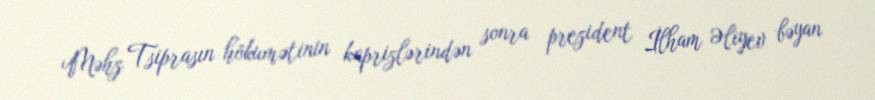
Məhz Tsiprasın hökumətinin kaprizlərindən sonra prezident İlham Əliyev bəyan